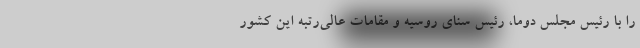
را با رئیس مجلس دوما، رئیس سنای روسیه و مقامات عالی‌رتبه این کشور